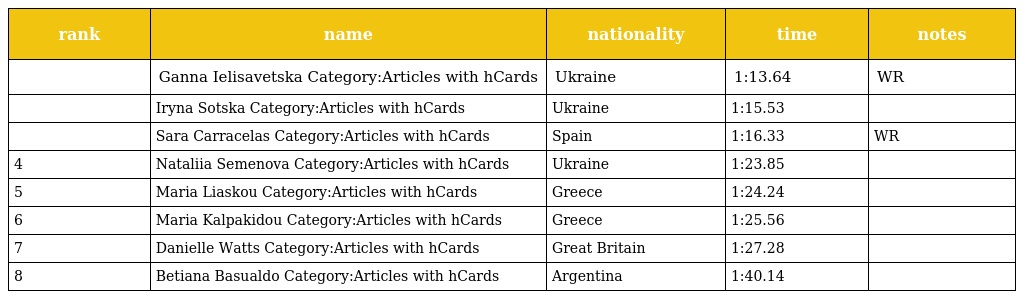
| rank | name | nationality | time | notes |
 | --- | --- | --- | --- | --- |
 |  | Ganna Ielisavetska Category:Articles with hCards | Ukraine | 1:13.64 | WR |
 |  | Iryna Sotska Category:Articles with hCards | Ukraine | 1:15.53 |  |
 |  | Sara Carracelas Category:Articles with hCards | Spain | 1:16.33 | WR |
 | 4 | Nataliia Semenova Category:Articles with hCards | Ukraine | 1:23.85 |  |
 | 5 | Maria Liaskou Category:Articles with hCards | Greece | 1:24.24 |  |
 | 6 | Maria Kalpakidou Category:Articles with hCards | Greece | 1:25.56 |  |
 | 7 | Danielle Watts Category:Articles with hCards | Great Britain | 1:27.28 |  |
 | 8 | Betiana Basualdo Category:Articles with hCards | Argentina | 1:40.14 |  |